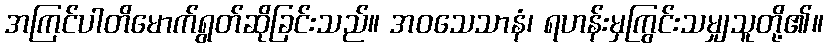
အကြင်ပါတိမောက်ရွတ်ဆိုခြင်းသည်။ အဝသေသာနံ၊ ရဟန်းမှကြွင်းသမျှသူတို့၏။